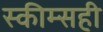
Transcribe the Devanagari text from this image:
स्कीम्सही